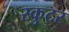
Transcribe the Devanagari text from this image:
स्कुटर